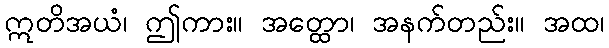
ဣတိအယံ၊ ဤကား။ အတ္ထော၊ အနက်တည်း။ အထ၊